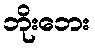
ဘိုးဘေး